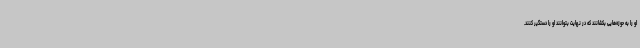
او را به حوزه‌هایی بکشانند که در نهایت بتوانند او را دستگیر کنند.